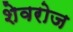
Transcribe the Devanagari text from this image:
शेवरोज